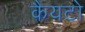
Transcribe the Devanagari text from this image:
कैयटो